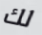
لك